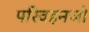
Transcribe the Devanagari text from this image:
परिवहनजो